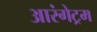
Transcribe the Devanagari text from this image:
आरंगेट्रम